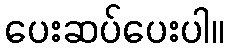
ပေးဆပ်ပေးပါ။